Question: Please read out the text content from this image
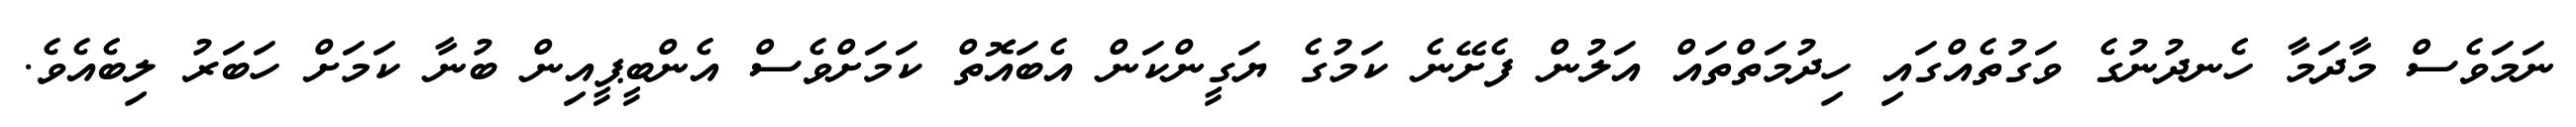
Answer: ނަމަވެސް މާދަމާ ހެނދުނުގެ ވަގުތެއްގައި ހިދުމަތްތައް އަލުން ފެށޭނެ ކަމުގެ ޔަގީންކަން އެބައޮތް ކަމަށްވެސް އެންބީޕީއިން ބުނާ ކަމަށް ހަބަރު ލިބެއެވެ.